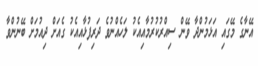
އޭނާގެ މޭގައި އަޅަމުންދާ ވޭން ސިއްރުކުރުމާއިއެކު ލަހެއްނުވެ ދަރިފުޅާއިއެކު ގެއަށް ދިއުމަށް ބޭނުންވާ